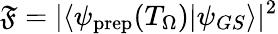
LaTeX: \mathfrak{F}=|\langle\psi_{\mathrm{{prep}}}(T_{\Omega})|\psi_{GS}\rangle|^{2}